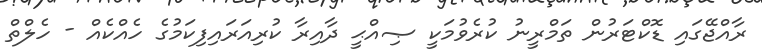
ރާއްޖޭގައި ޑޮކްޓަރުން ތަމްރީނު ކުރެވުމަކީ ޞިއްޙީ ދާއިރާ ކުރިއަރައިފިކަމުގެ ހެއްކެއް - ހެލްތް